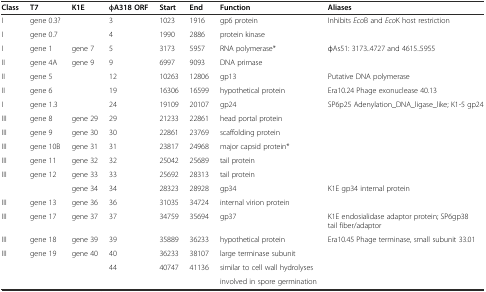
| Class | T7 | K1E | φA318 ORF | Start | End | Function | Aliases |
 | --- | --- | --- | --- | --- | --- | --- | --- |
 | I | gene 0.3? |  | 3 | 1023 | 1916 | gp6 protein | Inhibits EcoB and EcoK host restriction |
 | I | gene 0.7 |  | 4 | 1990 | 2886 | protein kinase |  |
 | I | gene 1 | gene 7 | 5 | 3173 | 5957 | RNA polymerase* | φAs51: 3173..4727 and 4615..5955 |
 | II | gene 4A | gene 9 | 9 | 6997 | 9093 | DNA primase |  |
 | II | gene 5 |  | 12 | 10263 | 12806 | gp13 | Putative DNA polymerase |
 | II | gene 6 |  | 19 | 16306 | 16599 | hypothetical protein | Era10.24 Phage exonuclease 40.13 |
 | I | gene 1.3 |  | 24 | 19109 | 20107 | gp24 | SP6p25 Adenylation_DNA_ligase_like; K1-5 gp24 |
 | III | gene 8 | gene 29 | 29 | 21233 | 22861 | head portal protein |  |
 | III | gene 9 | gene 30 | 30 | 22861 | 23769 | scaffolding protein |  |
 | III | gene 10B | gene 31 | 31 | 23817 | 24968 | major capsid protein* |  |
 | III | gene 11 | gene 32 | 32 | 25042 | 25689 | tail protein |  |
 | III | gene 12 | gene 33 | 33 | 25692 | 28313 | tail protein |  |
 |  |  | gene 34 | 34 | 28323 | 28928 | gp34 | K1E gp34 internal protein |
 | III | gene 13 | gene 36 | 36 | 31035 | 34724 | internal virion protein |  |
 | III | gene 17 | gene 37 | 37 | 34759 | 35694 | gp37 | K1E endosialidase adaptor protein; SP6gp38 tail fiber/adaptor |
 | III | gene 18 | gene 39 | 39 | 35889 | 36233 | hypothetical protein | Era10.45 Phage terminase, small subunit 33.01 |
 | III | gene 19 | gene 40 | 40 | 36233 | 38107 | large terminase subunit |  |
 |  |  |  | 44 | 40747 | 41136 | similar to cell wall hydrolyses |  |
 |  |  |  |  |  |  | involved in spore germination |  |